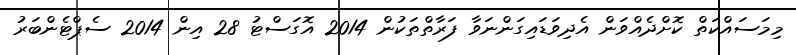
މިމަސައްކަތް ކޮށްދެއްވަން އެދިވަޑައިގަންނަވާ ފަރާތްތަކުން 2014 އޮގަސްޓު 28 އިން 2014 ސެޕްޓެންބަރު